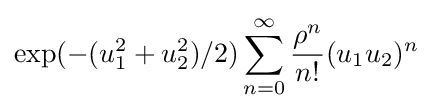
\exp(-(u_{1}^{2}+u_{2}^{2})/2)\sum _{n=0}^{\infty }{\frac {\rho ^{n}}{n!}}(u_{1}u_{2})^{n}~